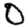
Digit: 0